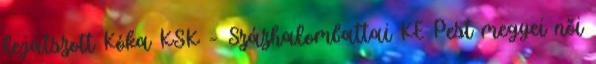
lejátszott Kóka KSK – Százhalombattai KE Pest megyei női